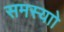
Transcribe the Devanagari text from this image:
समस्याो